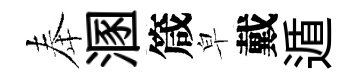
奉溷箴皁戴遁